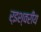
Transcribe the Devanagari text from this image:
र्इश्वरीय